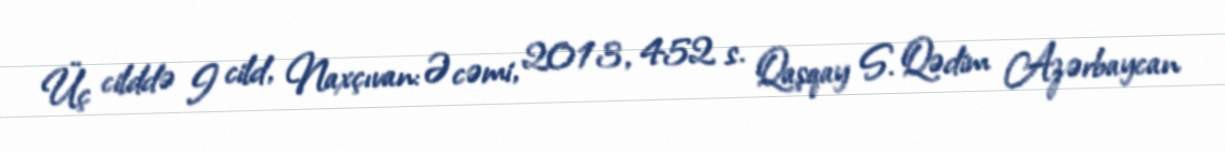
Üç cilddə I cild, Naxçıvan:Əcəmi, 2013, 452 s. Qaşqay S. Qədim Azərbaycan